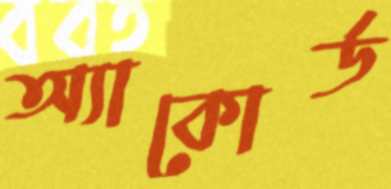
অ্যাকোর্ড